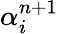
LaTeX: \alpha_{i}^{n+1}